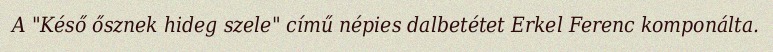
A "Késő ősznek hideg szele" című népies dalbetétet Erkel Ferenc komponálta.